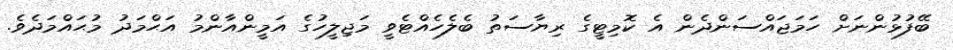
ބޭފުޅުންނަށް ހަމަޖައްސަންދެން އެ ކޮމިޓީގެ ރިޔާސަތު ބެލެހެއްޓެވީ މަޖިލީހުގެ އަމީންއާންމު އަޙްމަދު މުޙައްމަދެވެ.